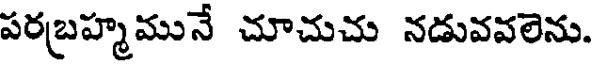
పరబహ్మమునే చూచుచు నడువవలెను.